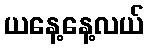
ယနေ့နေ့လယ်